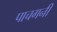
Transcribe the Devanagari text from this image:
पाचगनी